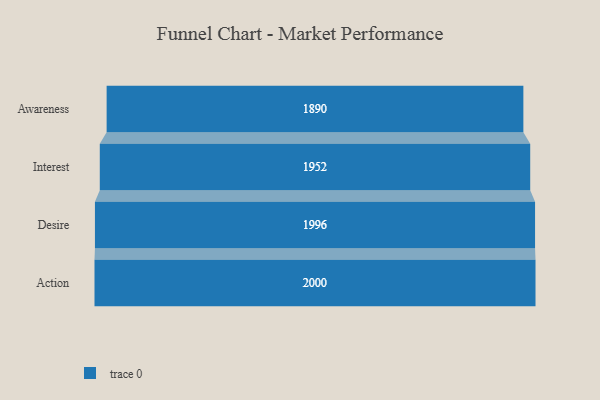
{"axis": {"x": "Stage", "y": "Value"}, "legend": [""], "data": [{"x": "Awareness", "y": 1890.0, "type": ""}, {"x": "Interest", "y": 1952.0, "type": ""}, {"x": "Desire", "y": 1996.0, "type": ""}, {"x": "Action", "y": 2000, "type": ""}]}